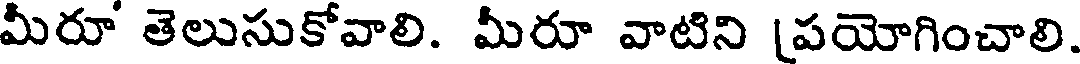
మీరూ తెలుసుకోవాలి. మీరూ వాటిని [పయోగించాలి.